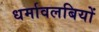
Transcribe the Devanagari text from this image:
धर्मावलबियों